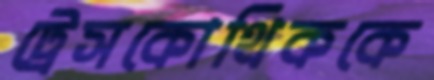
ট্রেসকোথিককে